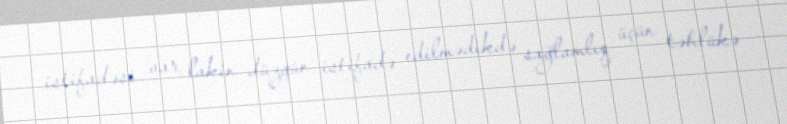
istifadəsi var, lakin düzgün istifadə edilmədikdə sağlamlıq üçün təhlükə